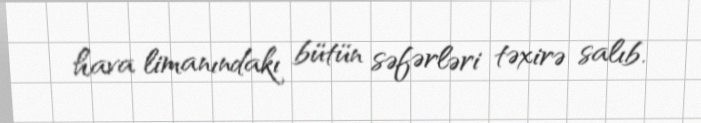
hava limanındakı bütün səfərləri təxirə salıb.